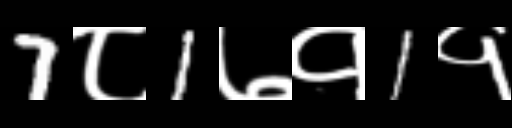
Text: 7८1७१1१